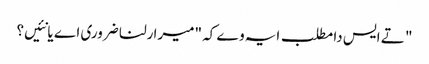
" تے ایس دا مطلب ایہ وے کہ "میرا رلنا ضروری اے یا نئیں؟